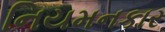
નિયમનકાર